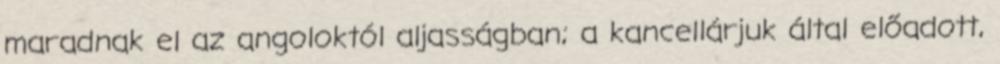
maradnak el az angoloktól aljasságban; a kancellárjuk által előadott,